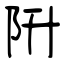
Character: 阩